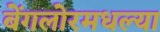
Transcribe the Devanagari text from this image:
बेंगलोरमधल्या